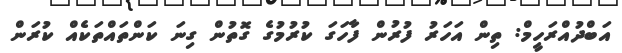
އަބްދުއްރަހީމް: ތިން އަހަރު ފުރުން ފާހަގަ ކުރުމުގެ ގޮތުން ގިނަ ކަންތައްތަކެއް ކުރަން